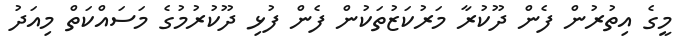
މީގެ އިތުރުން ފެން ދޫކުރާ މަރުކަޒުތަކުން ފެން ފުޅި ދޫކުރުމުގެ މަސައްކަތް މިއަދު